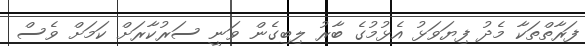
ފަރާތްތަކާ މެދު ފިޔަވަޅު އެޅުމުގެ ބާރު ލިބިގެން ވަނީ ސަރުކާރަށް ކަމަށް ވެސް